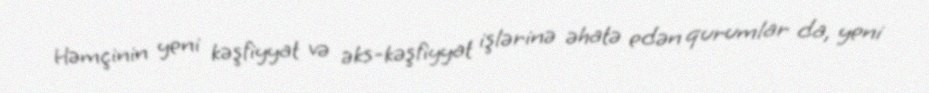
Həmçinin yeni kəşfiyyat və əks-kəşfiyyat işlərinə əhatə edən qurumlar da, yeni